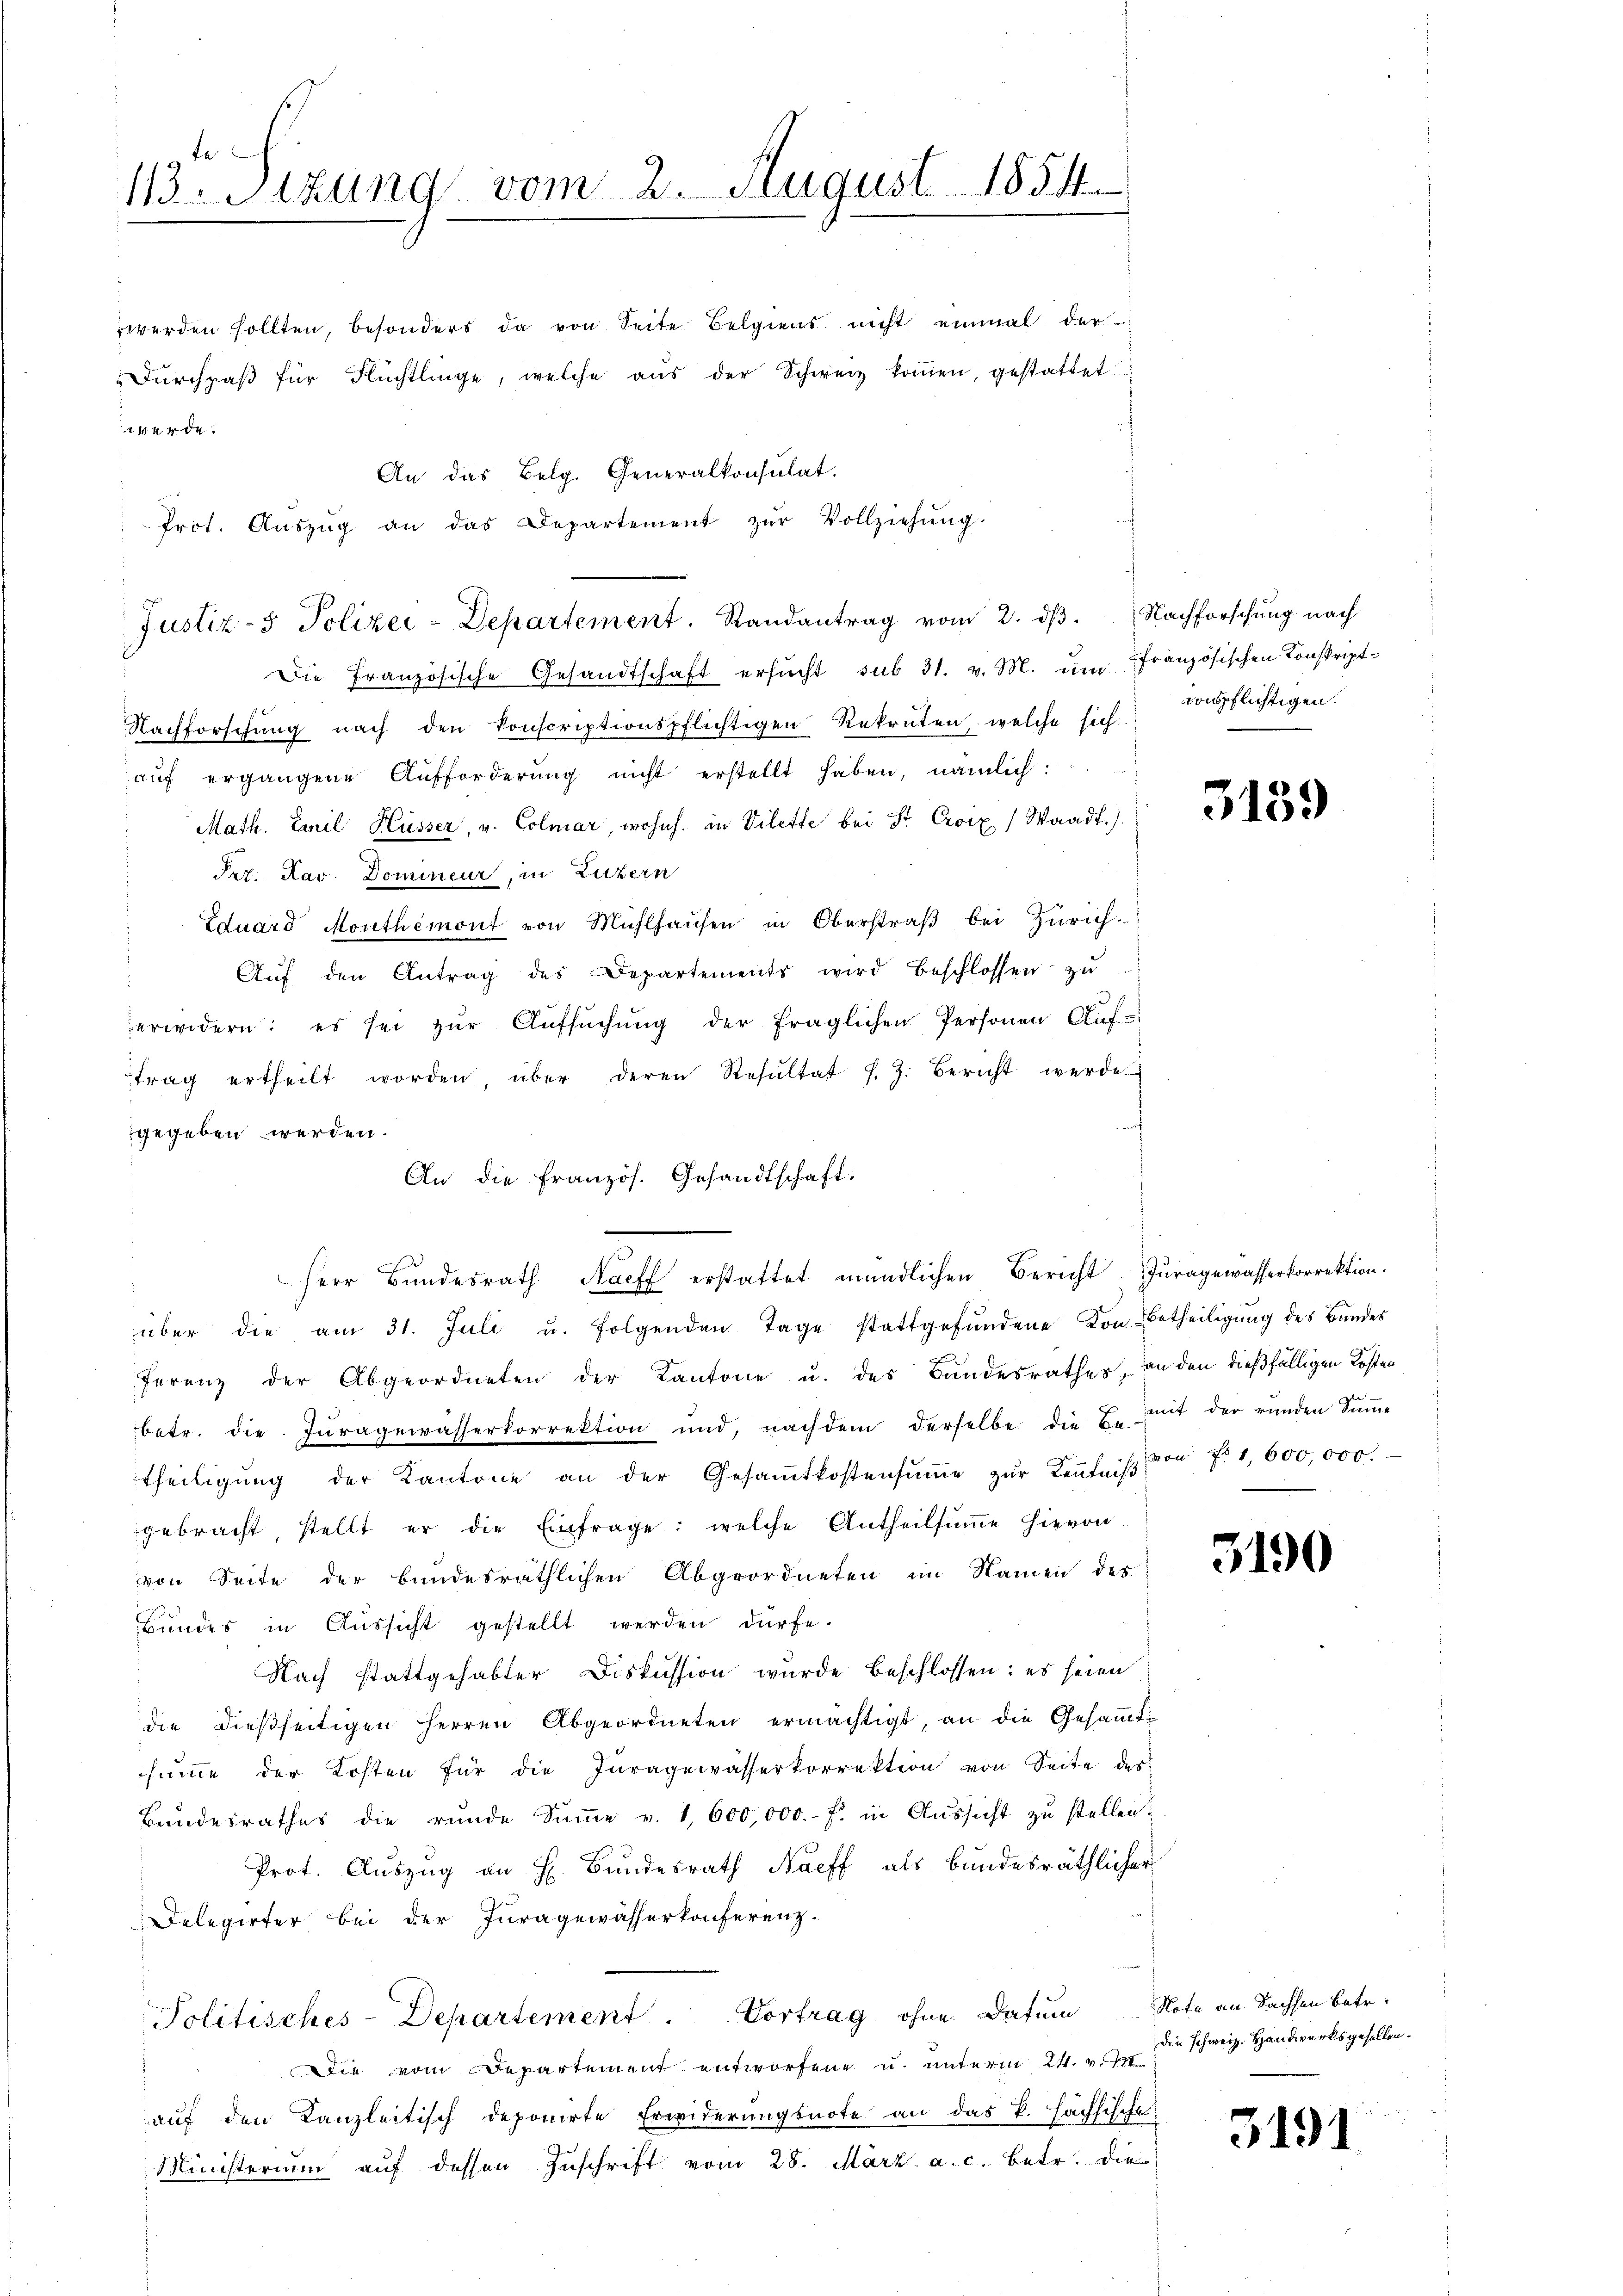
te
113. Sitzung vom 2. August 1854.

werden sollten, besonders da von Seite Belgiens nicht einmal der
"Dŭrchpaβ für Flüchtlinge, welche aŭs der Schweiz koṁen, gestattet
t werde.
An das Belg. Generalkonsulat.
Prot. Aŭszŭg an das Departement zŭr Vollziehŭng.
Justiz- & Polizei-Departement. Randantrag vom 2. dβ. Nachforschŭng nach

Die Französische Gesandtschaft ersŭcht sub 31. v. M. um französischen Konskript¬
Nachforschŭng nach den konscriptionspflichtigen Rekruten, welche sich
aŭf ergangene Aufforderŭng nicht erstellt haben, nämlich:
Math. Emil Küsser, v. Colmar, wohnh. in Vilette bei Sr. Croix (Waadt.)
Ser. Nav. Domineur, in Luzern
Eduard Monthemont von Mühlhaŭsen in Oberstraβ bei Zürich.
Aŭf den Antrag des Departements wird beschlossen zŭ
erwidern: es sei zŭr Aŭfsŭchŭng der fraglichen Personen Aŭf-
trag ertheilt worden, über deren Resŭltat f. 3. Bericht werde.
gegeben werden.
An die Französ. Gesandtschaft:
e
über die am 31. Juli u. folgenden Tage stattgefŭndene Kon Betheiligŭng des Bŭndes
ferenz der Abgeordneten der Kantone u. des Bundesrathes, an den dießfälligen Kosten
betr. die Juragewässerkorrektion und, nachdem derselbe die Be-
theiligŭng der Kantone an der Gesamtkostensŭṁe zŭr Keṅtniβ
gebracht, stellt er die Einfrage: welche Antheilsumme hievon
von Seite der bundesräthlichen Abgeordneten im Namen des
Bundes in Aussicht gestellt werden dürfe.
Nach stattgehabter Diskussion wurde beschlossen: es seien
die dießseitigen Herren Abgeordneten ermächtigt, an die Gesammt-
summe der Kosten für die Jŭragewasserkorrektion von Seite des
Bundesrathes die runde Sŭṁe v. 1,600,000.- f. in Aŭssicht zu stellen.
Prot. Auszug an H. Bundesrath Naeff als bundesräthlicher
Delegirter bei der Juragewässerkonferenz.
Politisches-Departement. Vortrag ohne Datum Note an Sachsen betr.
Die vom Departement entworfene u. unterm 24. v. J. die schweiz. Handwerksgesellen.
auf den Kanzleitisch deponirte Erwiderungsnote an das k. Hächsische
Ministerium auf dessen Zuschrift vom 28. März a. c. betr. die

Herr Bundesrath Naeff erstattet mündlichen Bericht- Juragewasserkorrektion.

ronspflichtigen.

3159

mit der runden Summe
von No 1,600,000.

3190

3191